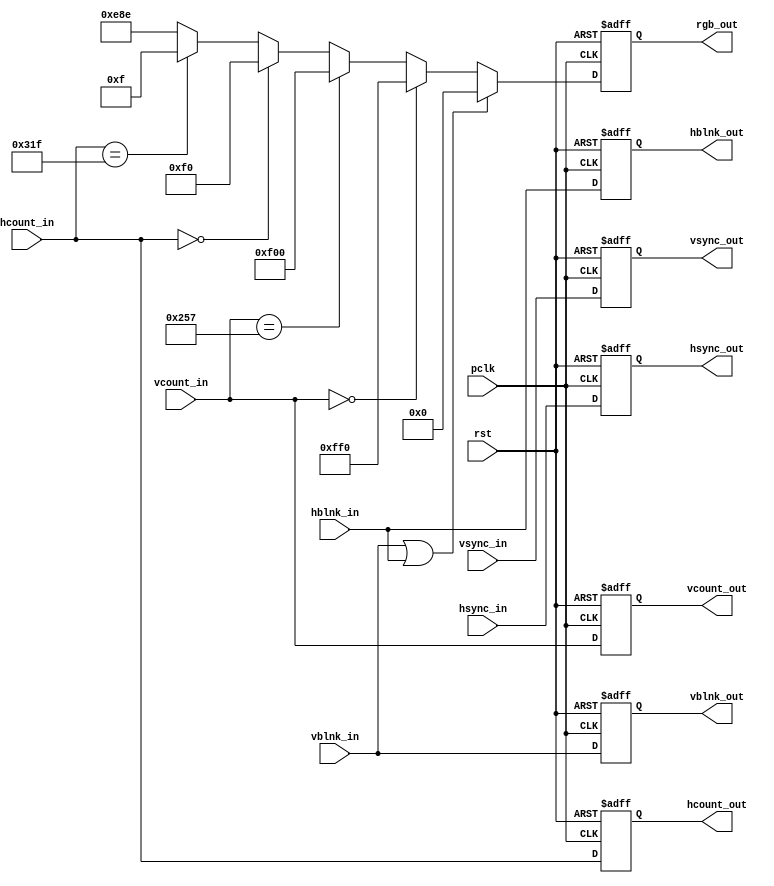
`timescale 1ns / 1ps
//////////////////////////////////////////////////////////////////////////////////
// Company: 
// Engineer: 
// 
// Design Name: 
// Module Name: draw_backgroundd
// Project Name: 
// Target Devices: 
// Tool Versions: 
// Description: 
// 
// Dependencies: 
// 
// Revision:
// Revision 0.01 - File Created
// Additional Comments:
// 
//////////////////////////////////////////////////////////////////////////////////


module draw_backgroundd(
    input wire pclk,
    input wire rst,
    input [10:0] vcount_in,
    input [10:0] hcount_in,
    input hsync_in,
    input hblnk_in,
    input vsync_in,
    input vblnk_in,
            
    output reg [10:0] vcount_out,
    output reg vsync_out,       
    output reg vblnk_out,       
    output reg [10:0] hcount_out,
    output reg hsync_out,        
    output reg hblnk_out,
    
    output reg [11:0] rgb_out 
);

reg [11:0] rgb_out_nxt;


always @(posedge pclk, posedge rst)
    begin 
      if (rst)
           begin
               hsync_out <= 0;
               vsync_out <= 0;
               hblnk_out <= 0;
               vblnk_out <= 0;
               
               hcount_out <= 0;
               vcount_out <= 0;
               rgb_out <= 0;
            end
      else 
            begin   
                hcount_out <= hcount_in;
                hsync_out <= hsync_in;
                hblnk_out <= hblnk_in;
                
                vcount_out <= vcount_in;
                vblnk_out <= vblnk_in;
                vsync_out <= vsync_in;
                
                rgb_out <= rgb_out_nxt;
            end   
    end


always @*
    begin
        if (vblnk_in || hblnk_in) rgb_out_nxt = 12'h0_0_0; 
        else
        begin
          // Active display, top edge, make a yellow line.
          if (vcount_in == 0) rgb_out_nxt = 12'hf_f_0;
          // Active display, bottom edge, make a red line.
          else if (vcount_in == 599) rgb_out_nxt = 12'hf_0_0;
          // Active display, left edge, make a green line.
          else if (hcount_in == 0) rgb_out_nxt = 12'h0_f_0;
          // Active display, right edge, make a blue line.
          else if (hcount_in == 799) rgb_out_nxt = 12'h0_0_f;
          // Active display, interior, fill with gray.
          //I
        //  else if (hcount_in >= 200 && hcount_in  <=205 && vcount_in >49 && vcount_in <161) rgb_out_nxt = 12'h5_8_f;
        //  else if (hcount_in >= 175 && hcount_in  <=230 && vcount_in >160 && vcount_in <165) rgb_out_nxt = 12'h5_8_f;
        //  else if (hcount_in >= 175 && hcount_in  <=230 && vcount_in >45 && vcount_in <50) rgb_out_nxt = 12'h5_8_f;
          //J
        //  else if (hcount_in>=90 && hcount_in<=95 && vcount_in <=145 && vcount_in >=45) rgb_out_nxt = 12'h5_8_f;
        //  else if ((((hcount_in-75)*(hcount_in-75) + (vcount_in-140)*(vcount_in-140) <= 421) && ((hcount_in-75)*(hcount_in-75) + (vcount_in-140)*(vcount_in-140) >= 225)) && vcount_in>=145) rgb_out_nxt = 12'h5_8_f;
          else rgb_out_nxt = 12'hE_8_E;    
        end
    end


endmodule